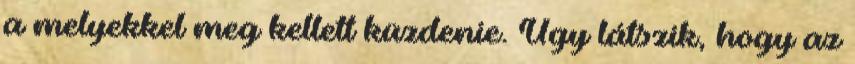
a melyekkel meg kellett küzdenie. Úgy látszik, hogy az